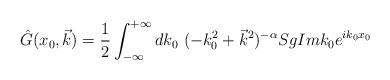
LaTeX: \begin{align*}\hat{G}(x_0,\vec{k})=\frac{1}{2}\int_{-\infty}^{+\infty} dk_0~(-k_0^2+\vec{k}^2)^{-\alpha} Sg Im k_0 e^{ik_0x_0}\end{align*}